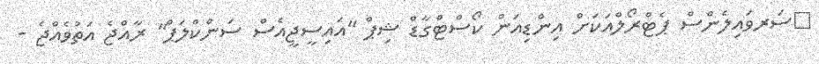
ސަރވައިލެންސް ޕެޓްރޯލްއަކަށް އިންޑިއަން ކޯސްޓްގާޑް ޝިޕް "އައިސީޖީއެސް ސަންކްލަޕް" ރާއްޖެ އަތުވެއްޖެ -